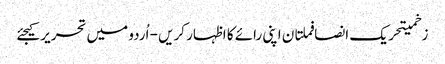
زخمیتحریک انصافملتان اپنی رائے کا اظہار کریں - اُردو میں تحریر کیجئے